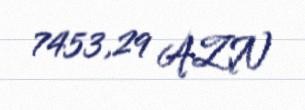
7453,29 AZN